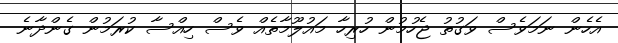
އެހެން ނަމަވެސް ވަގުތު ޖެހުމުން ހުރިހާ މައުލޫމާތެއް ވެސް ހިއްސާ ކުރަމުން ގެންދާނެ